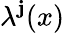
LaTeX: \lambda^{\mathbf{j}}(x)